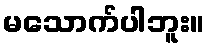
မသောက်ပါဘူး။